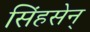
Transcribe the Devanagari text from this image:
सिंहसेन्